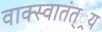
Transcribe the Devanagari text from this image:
वाक्स्वातंत््रय